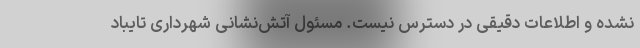
نشده و اطلاعات دقیقی در دسترس نیست. مسئول آتش‌نشانی شهرداری تایباد